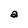
Character: a